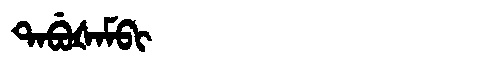
Manchu: ᡨᠠᠪᡠᡧᠠᠮᠪᡳ
Romanization: TABUŠAMBI